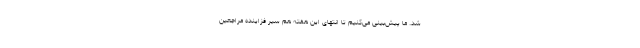
شد. ما پیش‌بینی می‌کنیم تا انتهای این هفته هم سیر فزاینده مراجعین